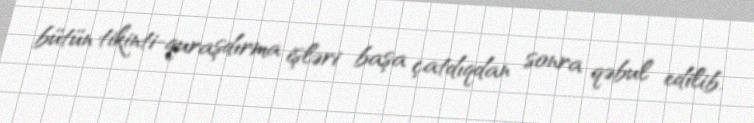
bütün tikinti-quraşdırma işləri başa çatdıqdan sonra qəbul edilib.